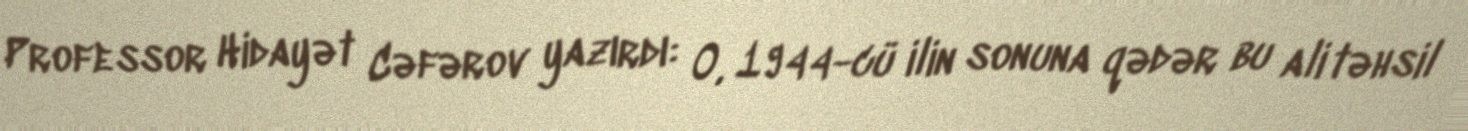
Professor Hidayət Cəfərov yazırdı: O, 1944-cü ilin sonuna qədər bu ali təhsil